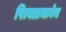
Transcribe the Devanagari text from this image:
पित्याप्रमानेच